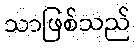
သာဖြစ်သည်